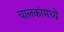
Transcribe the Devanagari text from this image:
चालकांमध्ये